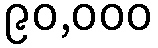
၉၀,၀၀၀